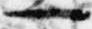
一